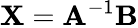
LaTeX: \mathbf{X}=\mathbf{A}^{-1}\mathbf{B}